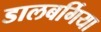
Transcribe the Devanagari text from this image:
डालबर्गिया